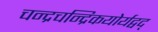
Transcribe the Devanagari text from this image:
चन्द्रचन्द्रिकयोर्यद्वद्